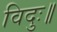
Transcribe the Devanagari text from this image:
विदुः॥